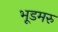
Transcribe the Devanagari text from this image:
भूडमरु